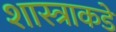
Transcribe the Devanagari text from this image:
शास्त्राकडे